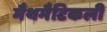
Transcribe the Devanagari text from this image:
मैथमैटिकली